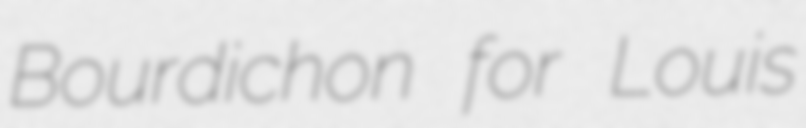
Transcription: Bourdichon for Louis